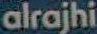
alrajhi